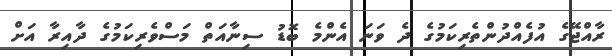
ރާއްޖޭގެ އުފެއްދުންތެރިކަމުގެ ދެ ވަނަ އެންމެ ބޮޑު ސިނާއަތް މަސްވެރިކަމުގެ ދާއިރާ އަށް